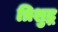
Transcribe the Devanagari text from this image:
त्रिशुद्ध